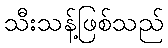
သီးသန့်ဖြစ်သည်